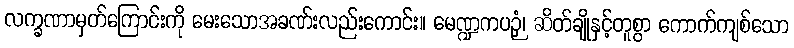
လက္ခဏာမှတ်ကြောင်းကို မေးသောအခဏ်းလည်းကောင်း။ မေဏ္ဍကပဉှံ၊ ဆိတ်ချိုနှင့်တူစွာ ကောက်ကျစ်သော